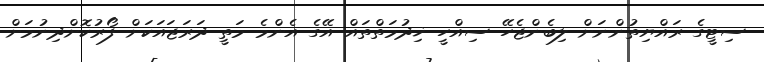
ސިޓީގެ ރައްޔިތުންނަށް ލިބެންޖެހޭ ސިއްހީ ޚިދުމަތްތައް އޭގެ އެންމެ މަތީ ދަރަޖައަކަށް ފޯރުކޮށްދިނުމަށް